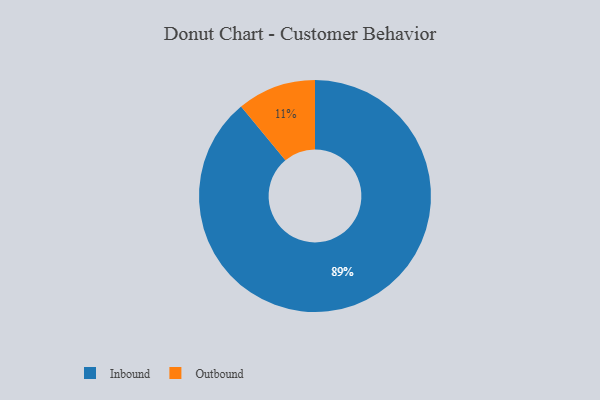
{"axis": {"x": "Category", "y": "Percentage"}, "legend": ["Inbound", "Outbound"], "data": [{"x": "Inbound", "y": 89, "type": "Inbound"}, {"x": "Outbound", "y": 11, "type": "Outbound"}]}